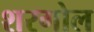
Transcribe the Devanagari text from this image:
शरगोल